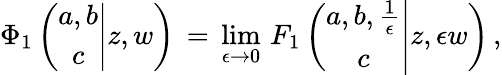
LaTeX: \begin{array}{l}{\displaystyle\Phi_{1}\left(\left.\begin{array}{c}{a,b}\\ {c}\end{array}\right|z,w\right)\, =\, \operatorname*{lim}_{\epsilon\to 0}\, F_{1}\left(\left.\begin{array}{c}{a,b,\frac 1\epsilon}\\ {c}\end{array}\right|z,\epsilon w\right)\, ,}\end{array}